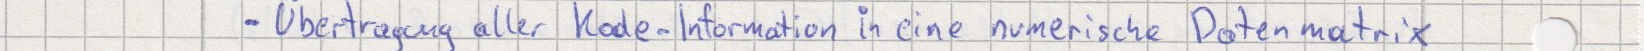
- Übertragung aller Kode-Information in eine numerische Datenmatrix